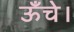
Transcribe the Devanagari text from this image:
ऊँचे।